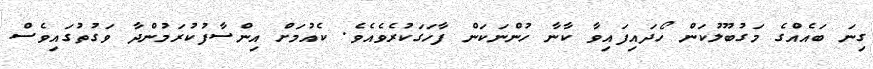
ގިނަ ބައެއްގެ މަގުބޫލުކަން ހޯދައިފައިވާ ކާނާ ހުންނަކަން ފާހަގަކުރެވެއެވެ. ކެއުމަށް އިންސާފުކުރަމުންދާ ވަގުތުގައިވެސް